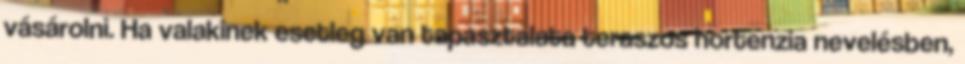
vásárolni. Ha valakinek esetleg van tapasztalata teraszos hortenzia nevelésben,